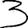
Digit: 3